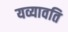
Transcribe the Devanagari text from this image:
यव्यावति